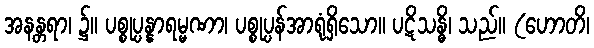
အနန္တရာ၊ ၌။ ပစ္စုပ္ပန္နာရမ္မဏာ၊ ပစ္စုပ္ပန်အာရုံရှိသော။ ပဋိသန္ဓိ၊ သည်။ (ဟောတိ၊